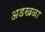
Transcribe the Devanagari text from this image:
अडखळा